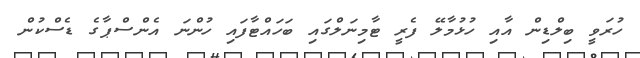
ހުރަވީ ބިލްޑިން އާއި ހުޅުމާލޭ ފެރީ ޓާމިނަލްގައި ބަހައްޓާފައި ހުންނަ އެންސްޕާގެ ޑެސްކުން